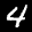
Label: 4